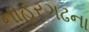
નાહરગઢના